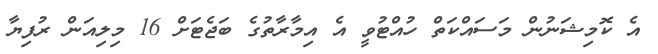
އެ ކޮމިޝަނުން މަސައްކަތް ހުއްޓުވީ އެ އިމާރާތުގެ ބަޖެޓަށް 16 މިލިއަން ރުފިޔާ